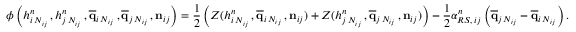
\boldsymbol { \phi } \left( h _ { i \, N _ { i j } } ^ { n } \, , h _ { j \, N _ { i j } } ^ { n } \, , \overline { { \mathbf { q } } } _ { i \, N _ { i j } } \, , \overline { { \mathbf { q } } } _ { j \, N _ { i j } } \, , { \mathbf { n } } _ { i j } \right) = \displaystyle \frac { 1 } { 2 } \left( { \cal Z } ( h _ { i \, N _ { i j } } ^ { n } \, , \overline { { \mathbf { q } } } _ { i \, N _ { i j } } \, , \mathbf { n } _ { i j } ) + { \cal Z } ( h _ { j \, N _ { i j } } ^ { n } \, , \overline { { \mathbf { q } } } _ { j \, N _ { i j } } \, , \mathbf { n } _ { i j } ) \right) - \frac { 1 } { 2 } \alpha _ { R S , \, i j } ^ { n } \left( \overline { { \mathbf { q } } } _ { j \, N _ { i j } } - \overline { { \mathbf { q } } } _ { i \, N _ { i j } } \right) .